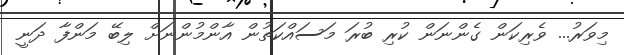
މިވަރު... ވެރިކަން ގެންނަން ކުރި ބުރަ މަސައްކަތުން އާންމުންނަށް ލިބޭ މަންފާ ދަނީ